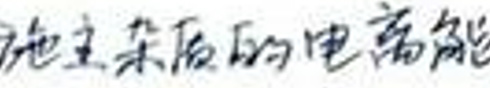
施主杂质的电离能